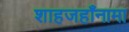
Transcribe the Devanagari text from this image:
शाहजहाँनामा